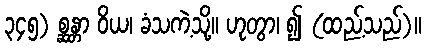
၃၄၅) စ္ဆန္တာ ဝိယ၊ ခံသကဲ့သို့။ ဟုတွာ၊ ၍ (ထည့်သည်)။